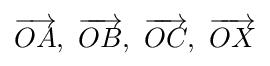
{\overrightarrow {OA}},\ {\overrightarrow {OB}},\ {\overrightarrow {OC}},\ {\overrightarrow {OX}}